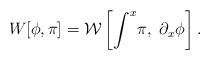
LaTeX: \begin{align*}W[\phi,\pi] =\mathcal{W}\left[\int^{x}\! \pi,~\partial_{x}\phi\right].\end{align*}